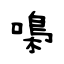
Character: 嘄